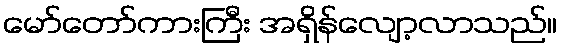
မော်တော်ကားကြီး အရှိန်လျော့လာသည်။